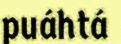
puáhtá